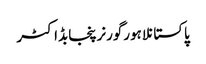
پاکستانلاہورگورنرپنجابڈاکٹر